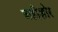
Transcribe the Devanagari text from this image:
अहीशोर